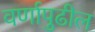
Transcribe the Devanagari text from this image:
वर्णापुढील